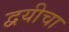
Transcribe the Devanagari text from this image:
द्वयीचा